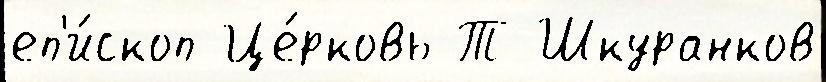
еп'и́скоп Це́рковь Т Шкуранков